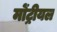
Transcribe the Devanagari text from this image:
मोंट्रीयल